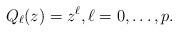
LaTeX: \begin{align*}Q_{\ell}(z)=z^{\ell},\ell=0,\ldots,p.\end{align*}